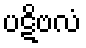
ပဋိဗလံ